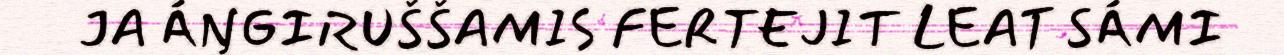
JA ÁŊGIRUŠŠAMIS FERTEJIT LEAT SÁMI